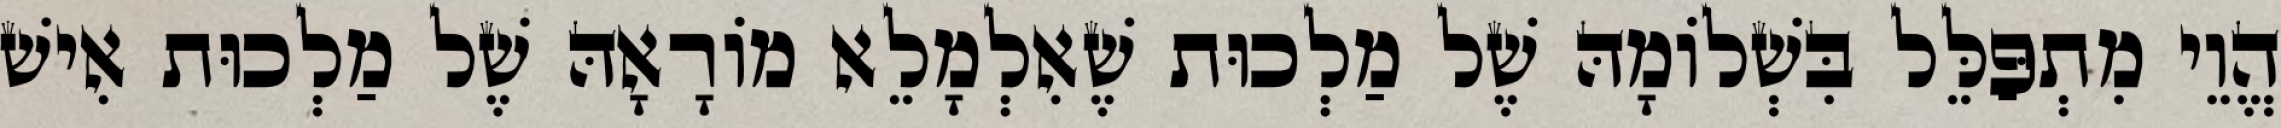
הֱוֵי מִתְפַּלֵּל בִּשְׁלוֹמָהּ שֶׁל מַלְכוּת שֶׁאִלְמָלֵא מוֹרָאָהּ שֶׁל מַלְכוּת אִישׁ